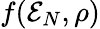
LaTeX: f({\cal E}_{N},\rho)